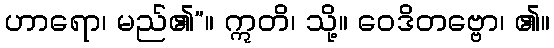
ဟာရော၊ မည်၏”။ ဣတိ၊ သို့။ ဝေဒိတဗ္ဗော၊ ၏။